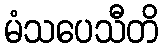
မံသပေသီတိ